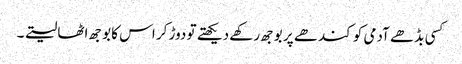
کسی بڈھے آدمی کو کندھے پر بوجھ رکھے دیکھتے تو دوڑ کر اس کا بوجھ اٹھا لیتے ۔